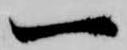
一